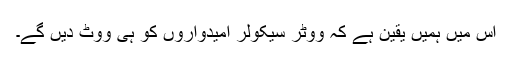
اس میں ہمیں یقین ہے کہ ووٹر سیکولر امیدواروں کو ہی ووٹ دیں گے۔